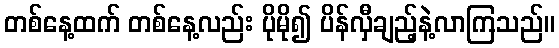
တစ်နေ့ထက် တစ်နေ့လည်း ပိုမို၍ ပိန်လှီချည့်နဲ့လာကြသည်။